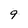
Character: 9